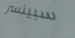
سبينسر